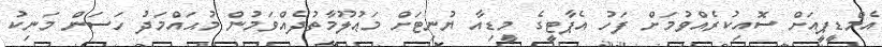
އެމްޑީޕީއަށް ސޮއިކުރެއްވުމަށް ފަހު އެޕާޓީގެ މީޑިއާ ޔުނިޓަށް މަޢުލޫމާތުދެއްވަމުން މުޙައްމަދު ހަސަން މަނިކު